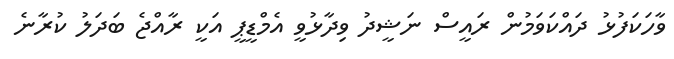
ވާހަކަފުޅު ދައްކަވަމުން ރައީސް ނަޝީދު ވިދާޅުވީ އެމްޑީޕީ އަކީ ރާއްޖެ ބަދަލު ކުރާނެ